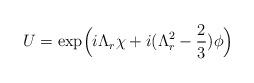
LaTeX: \begin{align*}U=\exp\Bigl(i\Lambda_r \chi + i( \Lambda_r^2-\frac{2}{3})\phi\Bigr)\ \end{align*}